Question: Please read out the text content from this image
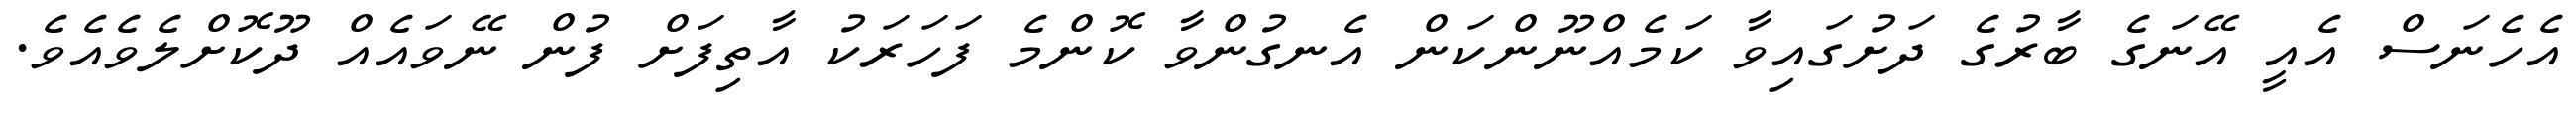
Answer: އެހެނަސް އެއީ އޭނަގެ ބާރުގެ ދަށުގައިވާ ކަމެއްނޫންކަން އެނގުންވާ ކޮންމެ ފަހަރަކު އާތިފަށް ފުން ނޭވައެއް ދޫކޮށްލެވެއެވެ.